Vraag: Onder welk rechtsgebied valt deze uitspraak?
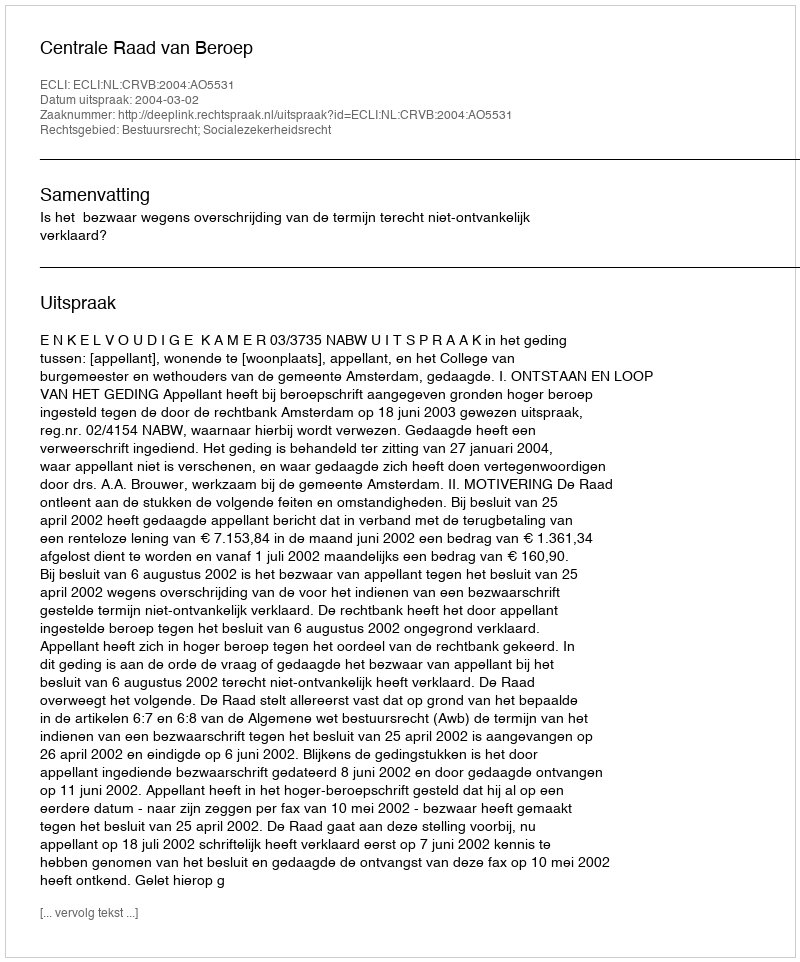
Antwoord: Bestuursrecht; Socialezekerheidsrecht